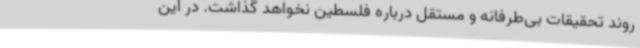
روند تحقیقات بی‌طرفانه و مستقل درباره فلسطین نخواهد گذاشت. در این